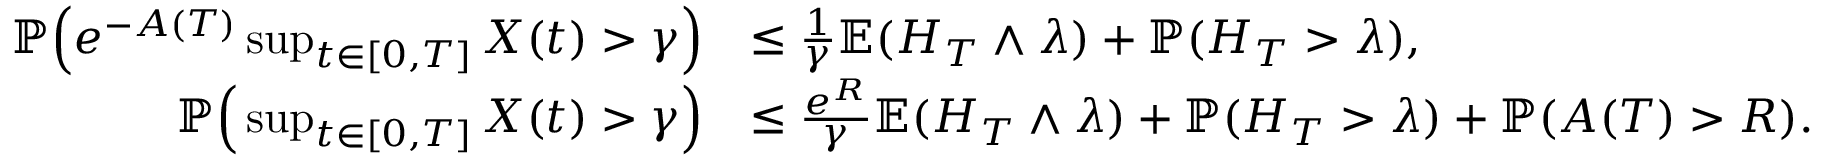
\begin{array} { r l } { { \mathbb P } \Big ( e ^ { - A ( T ) } \operatorname* { s u p } _ { t \in [ 0 , T ] } X ( t ) > \gamma \Big ) } & { \leq \frac { 1 } { \gamma } { \mathbb E } ( H _ { T } \wedge \lambda ) + { \mathbb P } ( H _ { T } > \lambda ) , } \\ { { \mathbb P } \Big ( \operatorname* { s u p } _ { t \in [ 0 , T ] } X ( t ) > \gamma \Big ) } & { \leq \frac { e ^ { R } } { \gamma } { \mathbb E } ( H _ { T } \wedge \lambda ) + { \mathbb P } ( H _ { T } > \lambda ) + { \mathbb P } ( A ( T ) > R ) . } \end{array}